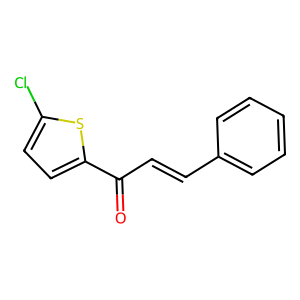
SMILES: O=C(C=Cc1ccccc1)c1ccc(Cl)s1
Inhibits HIV replication: No